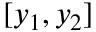
[ y _ { 1 } , y _ { 2 } ]